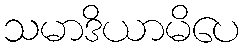
သမာဒိယာမိပေ